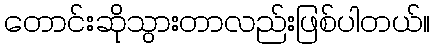
တောင်းဆိုသွားတာလည်းဖြစ်ပါတယ်။